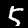
Label: 5